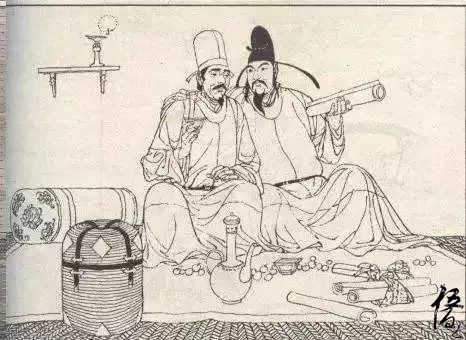
支离东北风尘际，漂泊西南天地间。